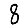
Digit: 8